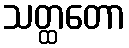
သတ္ထတော